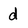
Character: d